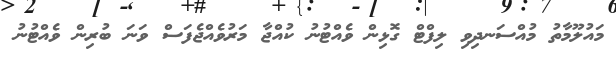
މައުލޫމާތު މުއްސަނދިވި ލިފްޓް ގޮޅިން ވެއްޓުނު ކުއްޖާ މަރުވެއްޖެފަސް ވަނަ ބުރިން ވެއްޓުނު